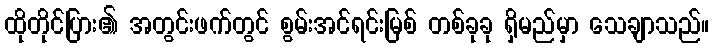
ထိုတိုင်ပြား၏ အတွင်းဖက်တွင် စွမ်းအင်ရင်းမြစ် တစ်ခုခု ရှိမည်မှာ သေချာသည်။